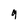
Character: g